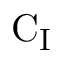
\mathrm { C _ { I } }